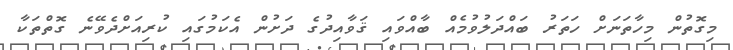
މިގޮތުން މިހާތަނަށް ހަތަރު ބައްދަލުވުމެއް ބާއްވައި ޤަވާއިދުގެ ދަށުން އެކަމުގައި ކުރިއަށްދެވޭނެ ގޮތްތަކާ